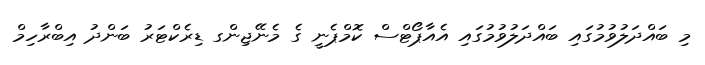
މި ބައްދަލުވުމުގައި ބައްދަލުވުމުގައި އެއާޕޯޓްސް ކޮމްޕެނީ ގެ މެނޭޖިންގ ޑިރެކްޓަރު ބަންދު އިބްރާހިމް